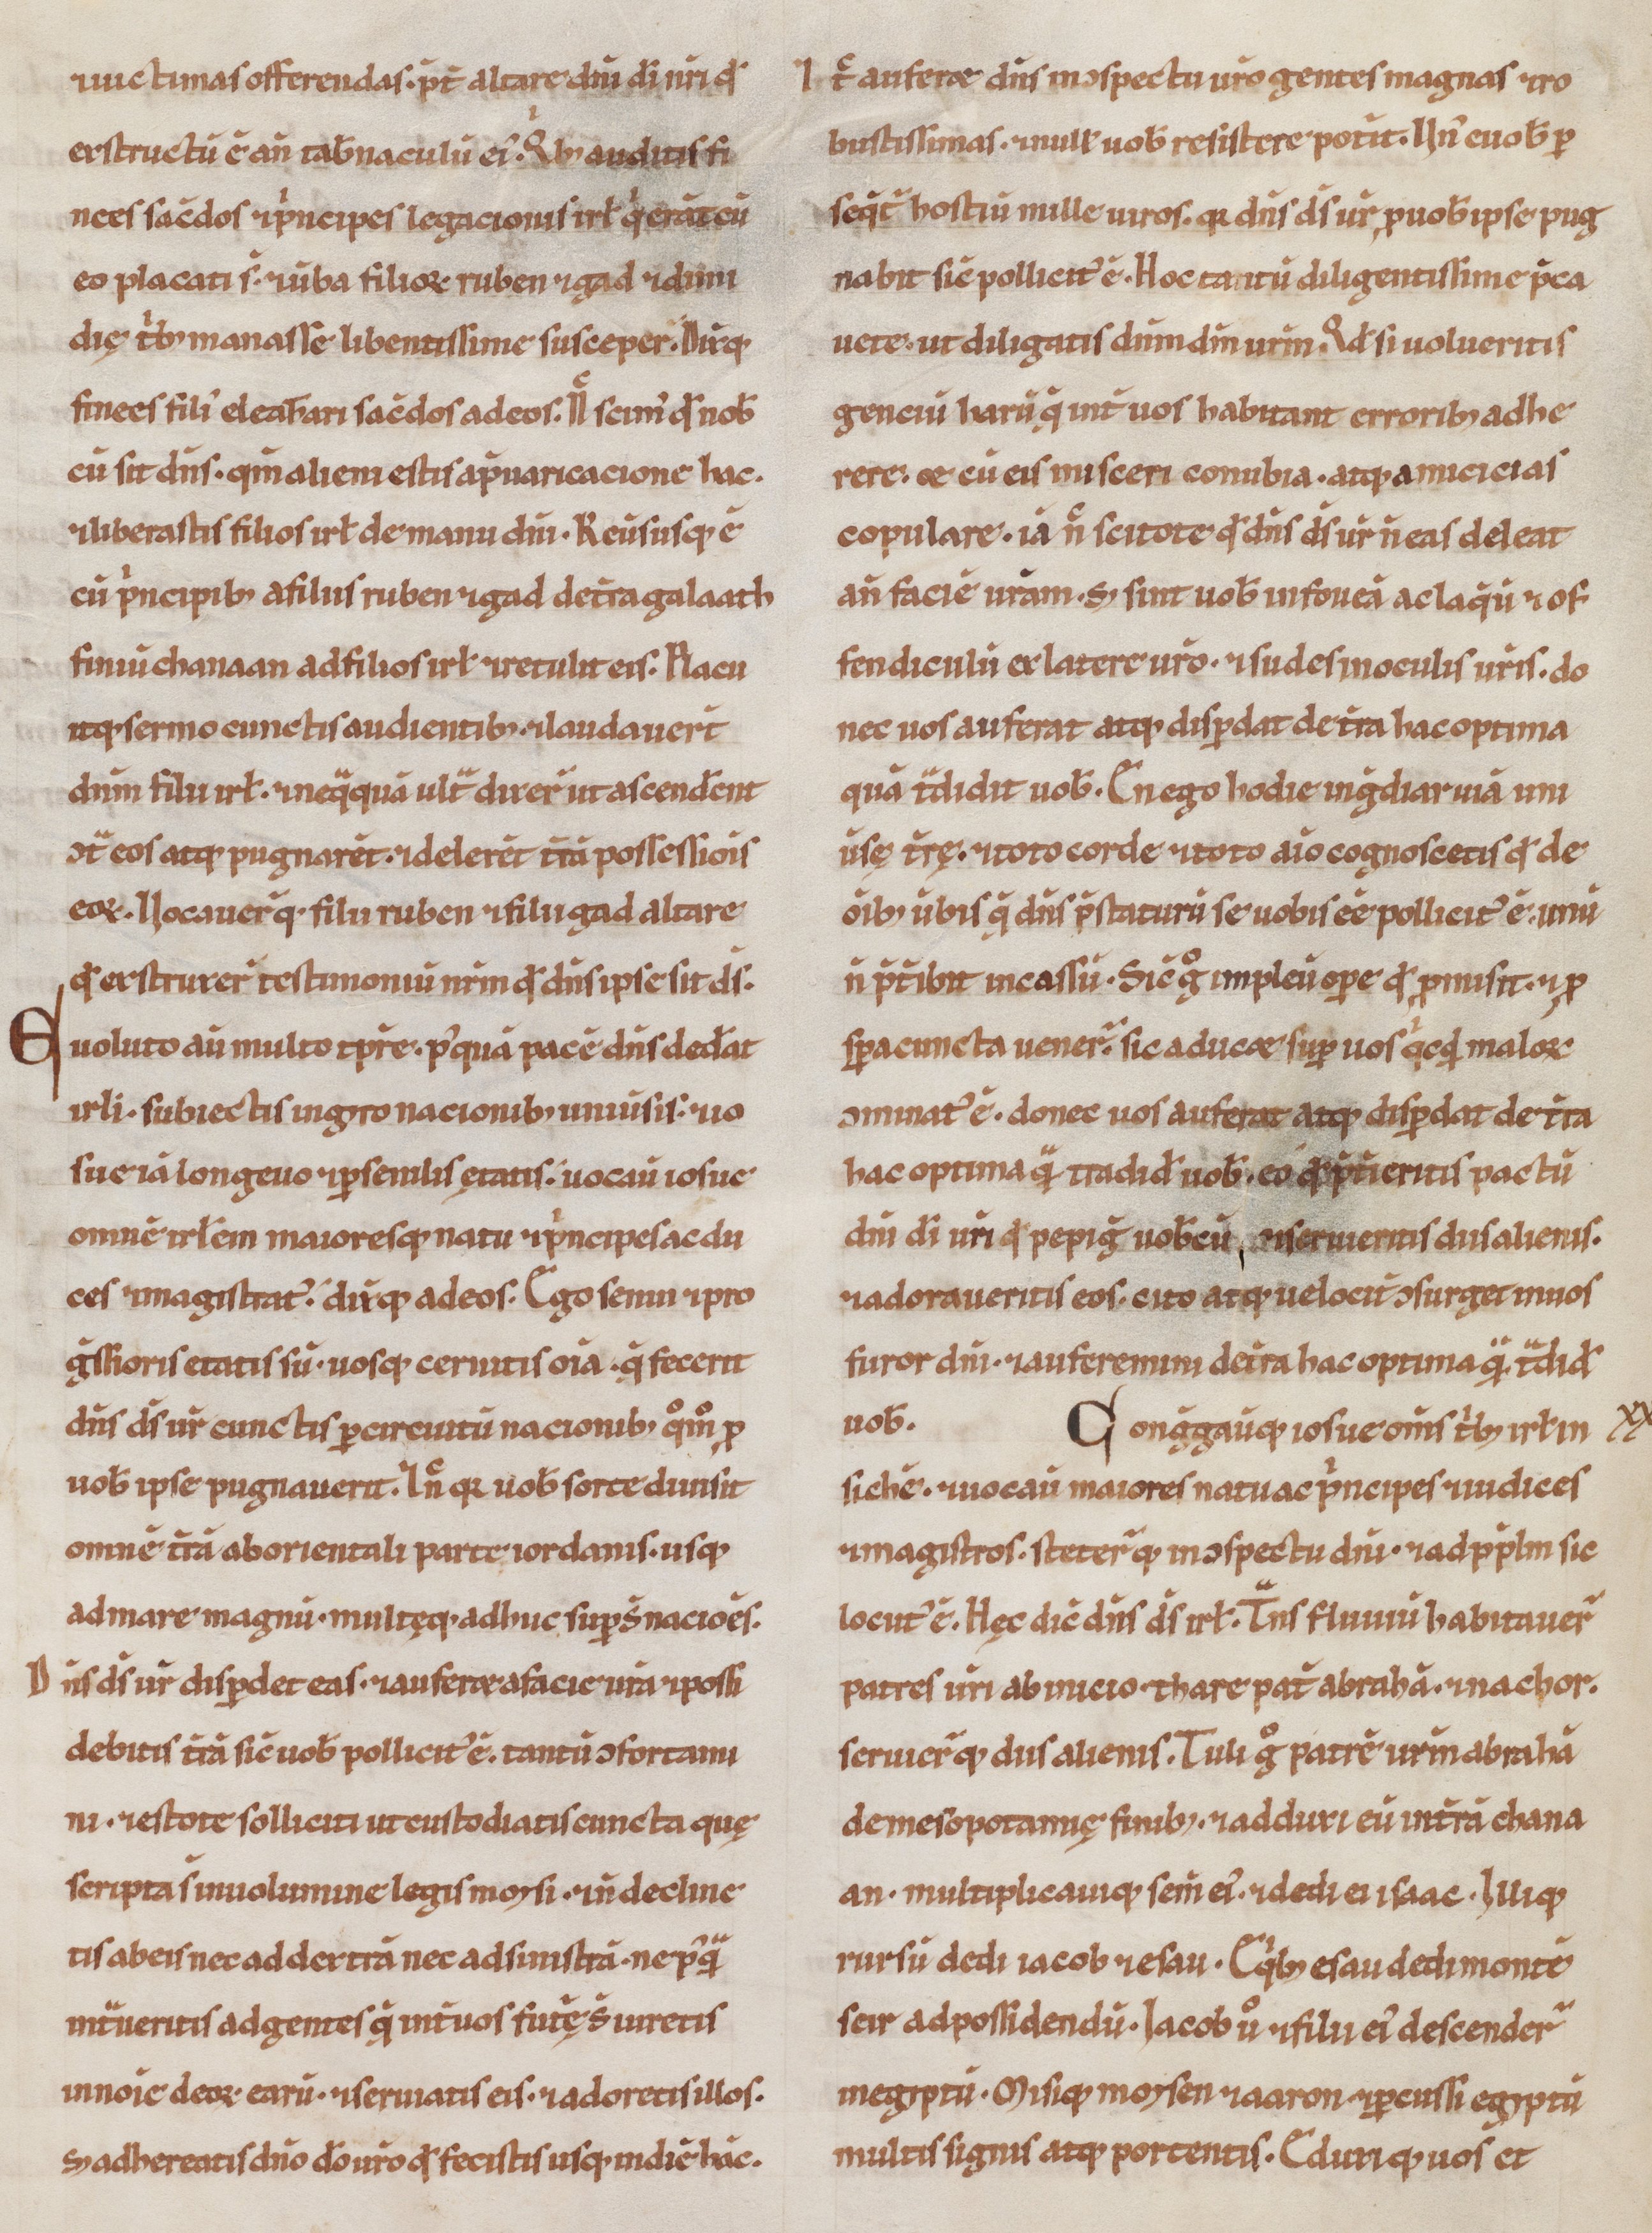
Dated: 1100–1199